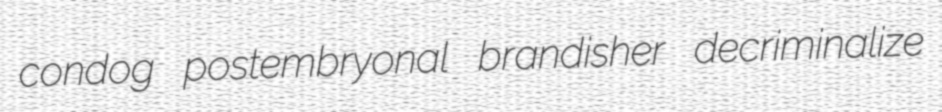
condog postembryonal brandisher decriminalize